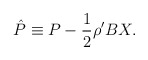
\begin{align*} \hat{P} \equiv P - \frac{1}{2}\rho'BX.\end{align*}